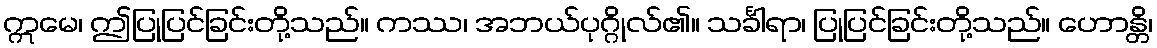
ဣမေ၊ ဤပြုပြင်ခြင်းတို့သည်။ ကဿ၊ အဘယ်ပုဂ္ဂိုလ်၏။ သင်္ခါရာ၊ ပြုပြင်ခြင်းတို့သည်။ ဟောန္တိ၊